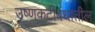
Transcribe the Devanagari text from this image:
उष्णकटीबंधातील